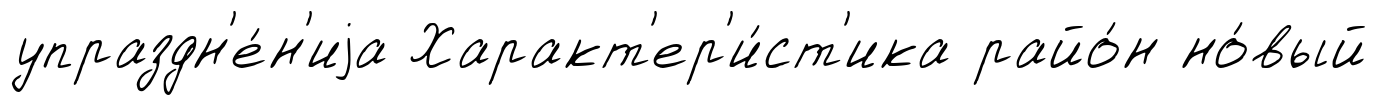
упраздн'е́н'иjа Характ'ер'и́ст'ика райо́н но́вый